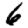
Digit: 6